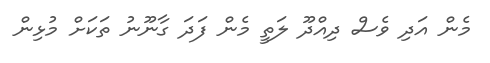
މެން އަދި ވެސް ދިއްދޫ ލަތީ މެން ފަދަ ގާނޫނު ތަކަށް މުޅިން